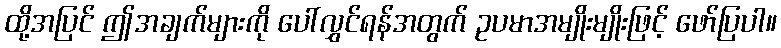
ထို့အပြင် ဤအချက်များကို ပေါ်လွှင်ရန်အတွက် ဥပမာအမျိုးမျိုးဖြင့် ဖော်ပြပါ။